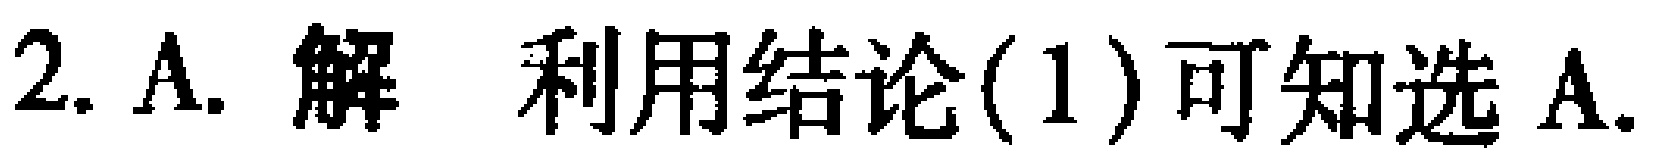
2. A. 解 利用结论(1)可知选A.